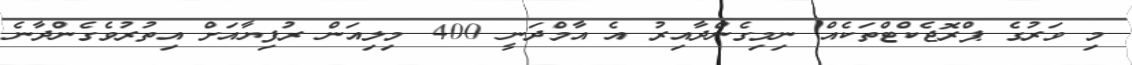
މި ވަރުގެ ޕްރޮޖެކްޓްތަކެއް ނިމިގެންދާއިރު އެ އާމްދަނީ 400 މިލިއަން ރުފިޔާއަށް އިތުރުވެގެންދާނެ